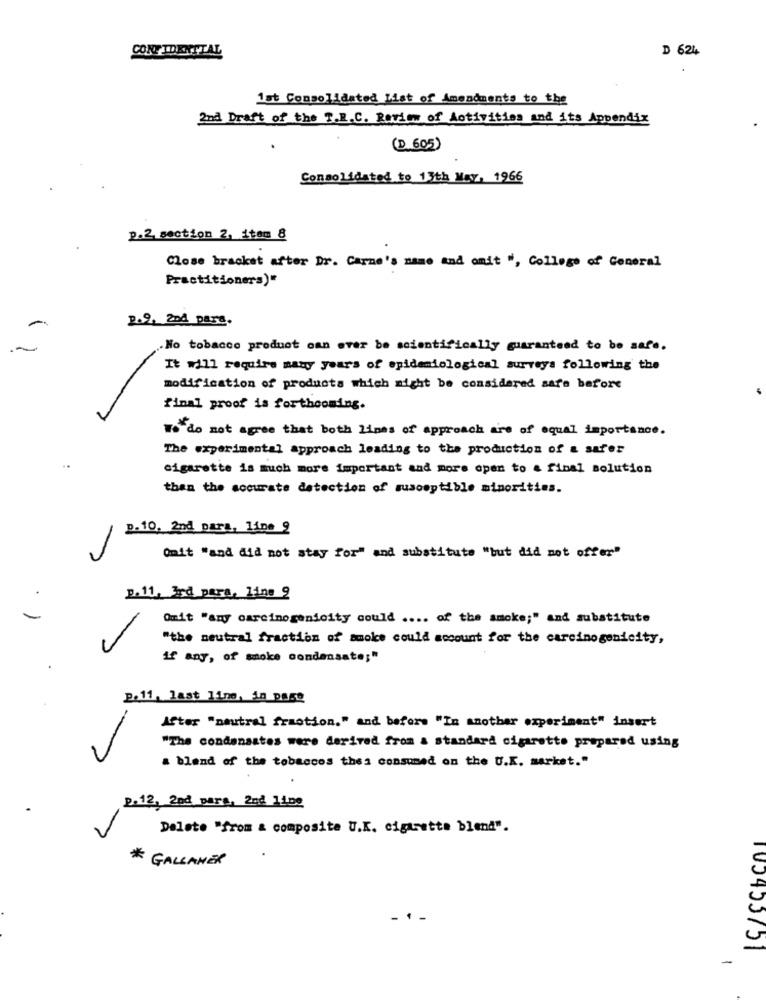
CONF IDENSTAL
D 624
1st Consolidated List of Amendments to the
2nd Draft of the T.E.C. Review of Activities and its Appendix
(D 605)
Consolidated to 13th May, 1966
p.2 section 2, 1tem 8
Close bracket after Dr. Carne's name and amit ", College of General
Practitioners)"
p.9. 2nd para.
No tobacco product can ever be scientifically guaranteed to be safe.
It will require many years of epidemiological surveys following the
modification of products which might be considered sara before
final proof is forthcoming.
To do not agree that both Ligas of approach are of equal importance.
The experimental approach leading to the production of a safer
cigarette is much more important and more open to & final solution
then the accurate detection of susceptible minorities.
p.10. 2nd para, lipe 9
Omit "and did not stay for" and substitute "but did not offer"
p.11. 3rd para, Fine 9
Omit "any carcinogenicity could .... of the smoke;" and substitute
"the neutral fraction of smoke could account for the carcinogenicity,
if any, of smoke condensate;"
p.11, last line, in pase
After "neutral fraction." and before "In another experiment" insert
"The condensates were derived from & standard cigarette prepared using
a blend of the tobaccos thes consumed on the U.K. market."
p.12, 2nd para, 2nd line
Delete "from & composite U.K. cigarette blend".
* GALLAHER
100453751
-